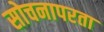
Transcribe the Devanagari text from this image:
सोचनापरता